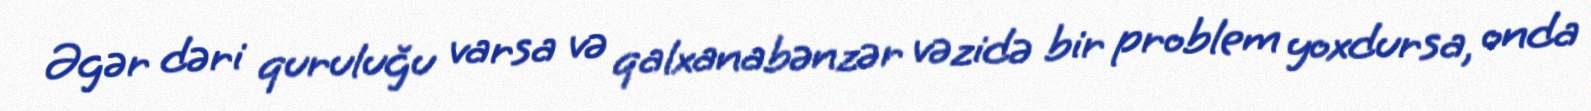
Əgər dəri quruluğu varsa və qalxanabənzər vəzidə bir problem yoxdursa, onda